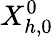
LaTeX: X_{h,0}^{0}